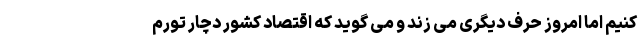
کنیم اما امروز حرف دیگری می زند و می گوید که اقتصاد کشور دچار تورم